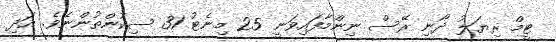
ޓީމް ރިޔަލު ދޯނި ރޭސް ނިންމާފައިވަނީ 25 މިނެޓު 31 ސިކުންތުންނެވެ. އަދި